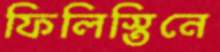
ফিলিস্তিনে